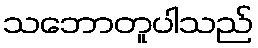
သဘောတူပါသည်